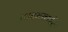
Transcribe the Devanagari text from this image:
टाइमवार्नर